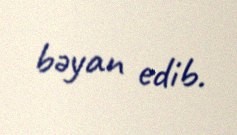
bəyan edib.